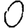
Digit: 0